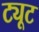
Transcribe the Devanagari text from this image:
ट्यूट